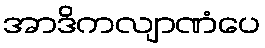
အာဒိကလျာဏံပေ